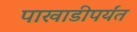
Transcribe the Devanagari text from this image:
पाखाडीपर्यंत